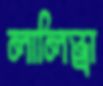
লালিন্ড্রা